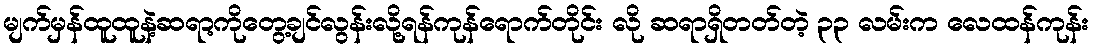
မျက်မှန်ထူထူနဲ့ဆရာ့ကိုတွေ့ချင်လွန်းလို့ရန်ကုန်ရောက်တိုင်း လို ဆရာရှိတတ်တဲ့ ၃၃ လမ်းက လေထန်ကုန်း